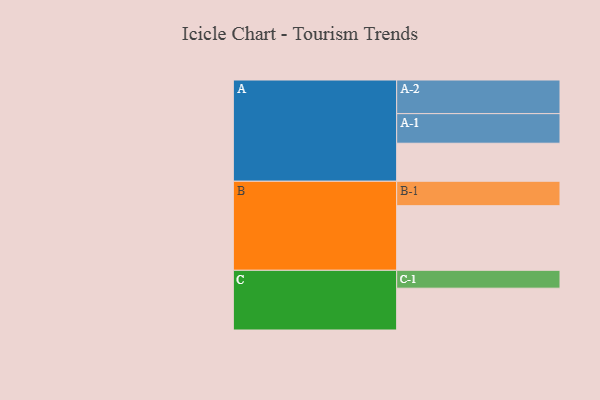
{"axis": {"x": "Segment", "y": "Value"}, "legend": ["", "A", "B", "C"], "data": [{"x": "A", "y": 302, "type": ""}, {"x": "B", "y": 513, "type": ""}, {"x": "C", "y": 332, "type": ""}, {"x": "A-1", "y": 235, "type": "A"}, {"x": "A-2", "y": 267, "type": "A"}, {"x": "B-1", "y": 194, "type": "B"}, {"x": "C-1", "y": 142, "type": "C"}]}